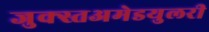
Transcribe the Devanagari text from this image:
जुक्स्तअमेडयुलरी